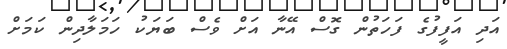
އަދި އަފީފުގެ ފަހަތުން ގޮސް އޭނާ އަށް ވެސް ބަޔަކު ހަމަލާދިން ކަމަށް